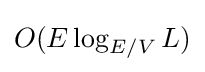
O(E\log _{E/V}L)